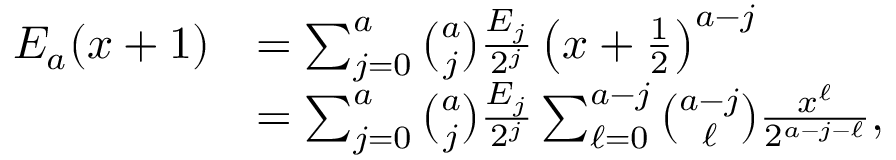
\begin{array} { r l } { E _ { a } ( x + 1 ) } & { = \sum _ { j = 0 } ^ { a } \binom { a } { j } \frac { E _ { j } } { 2 ^ { j } } \left( x + \frac { 1 } { 2 } \right) ^ { a - j } } \\ & { = \sum _ { j = 0 } ^ { a } \binom { a } { j } \frac { E _ { j } } { 2 ^ { j } } \sum _ { \ell = 0 } ^ { a - j } \binom { a - j } { \ell } \frac { x ^ { \ell } } { 2 ^ { a - j - \ell } } , } \end{array}